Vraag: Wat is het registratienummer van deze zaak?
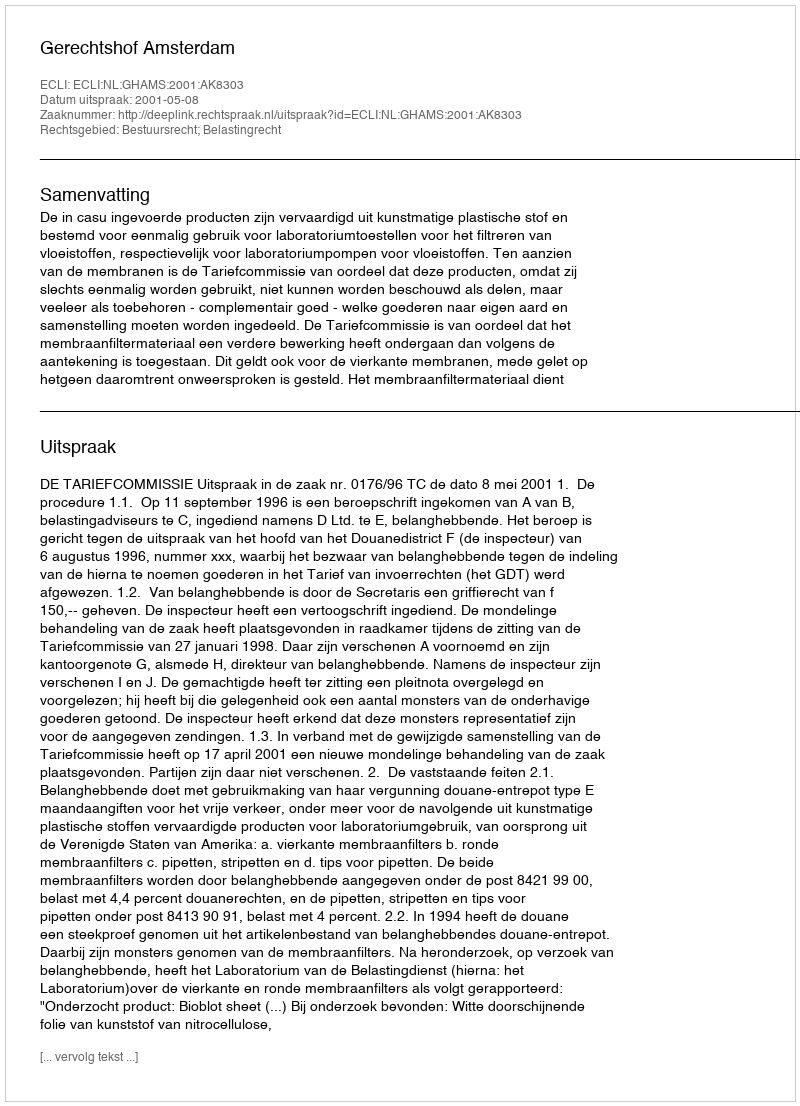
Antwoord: http://deeplink.rechtspraak.nl/uitspraak?id=ECLI:NL:GHAMS:2001:AK8303